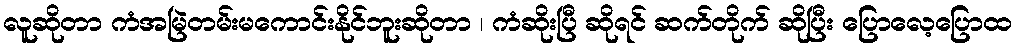
လူဆိုတာ ကံအမြဲတမ်းမကောင်းနိုင်ဘူးဆိုတာ ၊ ကံဆိုးပြီ ဆိုရင် ဆက်တိုက် ဆိုပြီး ပြောလေ့ပြောထ